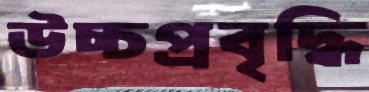
উচ্চপ্রবৃদ্ধি